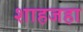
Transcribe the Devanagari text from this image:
शाहजहा